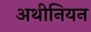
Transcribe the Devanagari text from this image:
अथीनियन